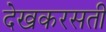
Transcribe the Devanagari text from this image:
देखकरसती